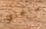
سانجاي